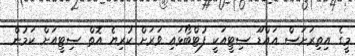
މީގެ އިތިރަށަސް އައްޑޫ ސިޓީއަކީ ފުޓްބޯޅައި ވަރަށް ކުރިޔެ އޮތް ސިޓީއަށް ކަމުން